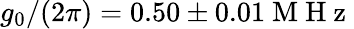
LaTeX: g_{0}/(2\pi)=0.50\pm 0.01\mathrm{~M~H~z~}